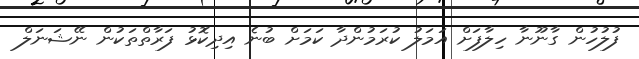
ފުލުހުން ގާނޫނާ ހިލާފަށް އަމަލު ކުރަމުންދާ ކަމަށް ބުނެ އިދިކޮޅު ފަރާތްތަކުން ނޭޝަނަލް